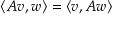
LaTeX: \langle A v , w \rangle = \langle v , A w \rangle